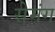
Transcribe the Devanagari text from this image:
सेमंग